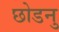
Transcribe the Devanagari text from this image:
छोडनु